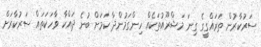
ސަރުކާރުން ތަރައްގީގެ ގިނަ މަޝްރޫއުތަކެއް ހިންގަމުންދާ ކަމަށް ބުނެ ދައްކާ ވާހަކަތައް ސަރުކާރަށް